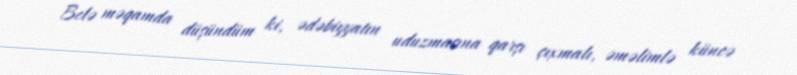
Belə məqamda düşündüm ki, ədəbiyyatın uduzmasına qarşı çıxmalı, əməlimlə küncə